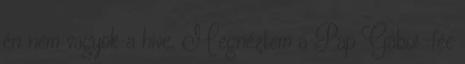
én nem vagyok a hive. Megnéztem a Pap Gábor-fée